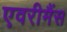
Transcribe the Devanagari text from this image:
एवरीमैंस